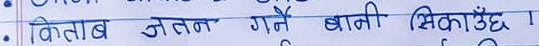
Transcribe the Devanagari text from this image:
किताब जतन गर्ने बानी सिकाउँछ ।